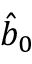
{ \hat { b } } _ { 0 }